Report of the Indian Hemp Drugs Commission, 1894-1895 - Volume III
Year: 1894
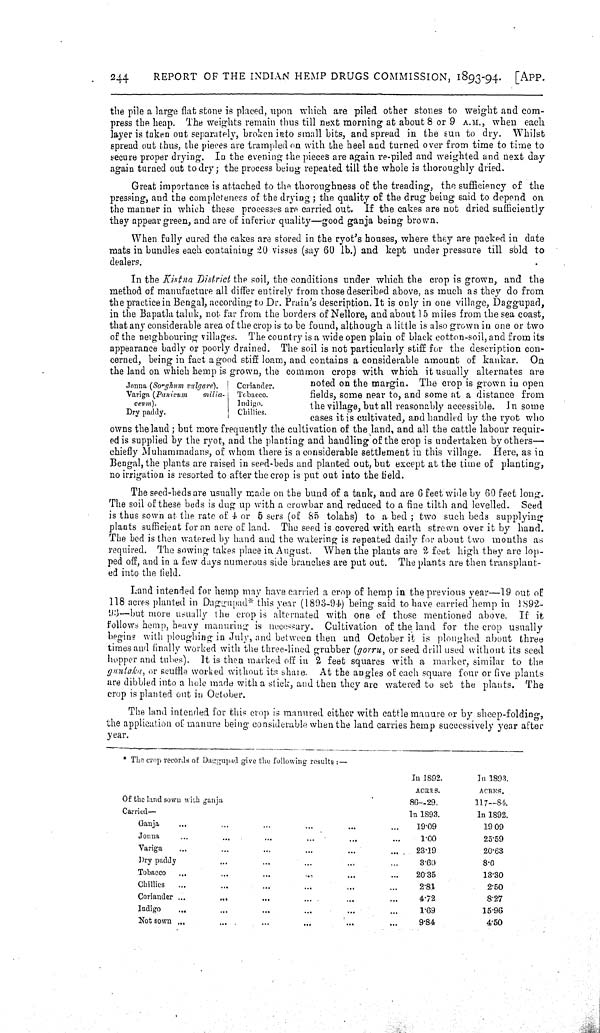
244
REPORT OF THE INDIAN HEMP DRUGS COMMISSION, 1893-94. [APP.
the pile a large flat stone is placed, upon which are piled other stones to weight and com-
press the heap. The weights remain thus till next morning at about 8 or 9 A.M., when each
layer is taken out separately, broken into small bits, and spread in the sun to dry. Whilst
spread out thus, the pieces are trampled on with the heel and turned over from time to time to
secure proper drying. In the evening the pieces are again re-piled and weighted and next day
again turned out to dry; the process being repeated till the whole is thoroughly dried.
Great importance is attached to the thoroughness of the treading, the sufficiency of the
pressing, and the completeness of the drying; the quality of the drug being said to depend on
the manner in which these processes are carried out. If the cakes are not dried sufficiently
they appear green, and are of inferior quality—good ganja being brown.
When fully cured the cakes are stored in the ryot's houses, where they are packed in date
mats in bundles each containing 20 visses (say 60 lb.) and kept under pressure till sold to
dealers.
Jonna (Sorghum vulgare). Coriander.
Variga (Panicum milia- Tobacco.
ceum).
Indigo.
Dry paddy.
Chillies.
In the Kistna District the soil, the conditions under which the crop is grown, and the
method of manufacture all differ entirely from those described above, as much as they do from
the practice in Bengal, according to Dr. Prain's description. It is only in one village, Daggupad,
in the Bapatla taluk, not far from the borders of Nellore, and about 15 miles from the sea coast,
that any considerable area of the crop is to be found, although a little is also grown in one or two
of the neighbouring villages. The country is a wide open plain of black cotton-soil, and from its
appearance badly or poorly drained. The soil is not particularly stiff for the description con-
cerned, being in fact a good stiff loam, and contains a considerable amount of kankar. On
the land on which hemp is grown, the common crops with which it usually alternates are
noted on the margin. The crop is grown in open
fields, some near to, and some at a distance from
the village, but all reasonably accessible. In some
cases it is cultivated, and handled by the ryot who
owns the land; but more frequently the cultivation of the land, and all the cattle labour requir-
ed is supplied by the ryot, and the planting and handling of the crop is undertaken by others—
chiefly Muhammadans, of whom there is a considerable settlement in this village. Here, as in
Bengal, the plants are raised in seed-beds and planted out, but except at the time of planting,
no irrigation is resorted to after the crop is put out into the field.
The seed-beds are usually made on the bund of a tank, and are 6 feet wide by 60 feet long.
The soil of these beds is dug up with a crowbar and reduced to a fine tilth and levelled. Seed
is thus sown at the rate of 4 or 5 sers (of 85 tolahs) to a bed; two such beds supplying
plants sufficient for an acre of land. The seed is covered with earth strewn over it by hand.
The bed is then watered by hand and the watering is repeated daily for about two months as
required. The sowing takes place in August. When the plants are 2 feet high they are lop-
ped off, and in a few days numerous side branches are put out. The plants are then transplant-
ed into the field.
Land intended for hemp may have carried a crop of hemp in the previous year—19 out of
118 acres planted in Daggupad* this year (1893-94) being said to have carried hemp in 1892-
93—but more usually the crop is alternated with one of those mentioned above. If it
follows hemp, heavy manuring is necessary. Cultivation of the land for the crop usually
begins with ploughing in July, and between then and October it is ploughed about three
times and finally worked with the three-lined grubber (gorru, or seed drill used without its seed
hopper and tubes). It is then marked off in 2 feet squares with a marker, similar to the
guntaka, or scuffla worked without its share. At the angles of each square four or five plants
are dibbled into a hole made with a stick, and then they are watered to set the plants. The
crop is planted out in October.
The land intended for this crop is manured either with cattle manure or by sheep-folding,
the application of manure being considerable when the land carries hemp successively year after
year.
*The crop records of Daggupad give the following results:—
In 1892.
In 1893.
ACRES.
ACRES.
Of the land sown with ganja
86—29.
117—84.
Carried—
In 1893.
In 1892.
Ganja
19.09
19 09
Jonna
1.00
25.59
Variga
23.19
20.63
Dry paddy
3.60
8.0
Tobacco
20.35
13.30
Chillies
2.81
2.50
Coriander
4.72
8.27
Indigo
1.69
15.96
Not sown
9.84
4.50